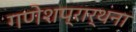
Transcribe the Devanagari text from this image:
गणेशप्रार्थना